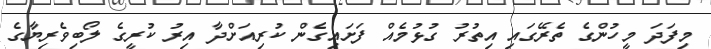
މިފަދަ މީހުންގެ ތެރޭގައި އިތުރު ގުޅުމެއް ފަށައިގެން ކުރިއަށްދާ އިރު ކުރީގެ ލޯބިވެރިޔާގެ